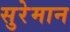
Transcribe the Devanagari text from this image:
सुरेमान